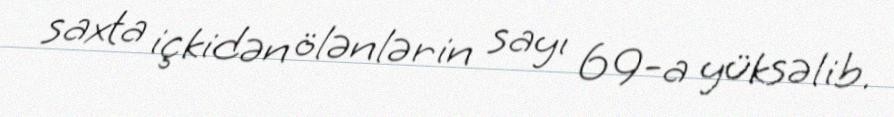
saxta içkidən ölənlərin sayı 69-a yüksəlib.